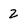
Character: 2